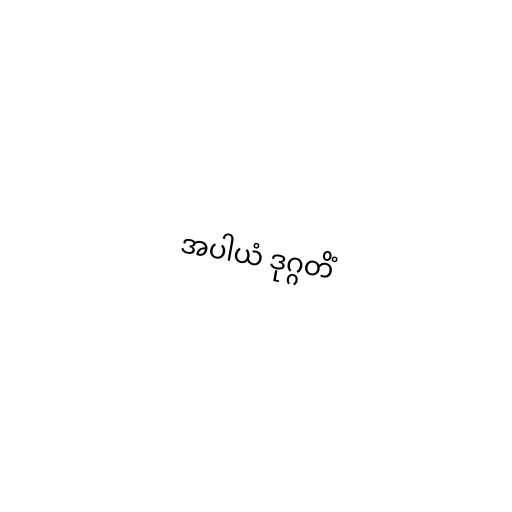
အပါယံ ဒုဂ္ဂတိံ